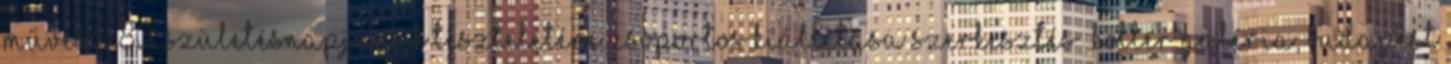
művész 80. születésnapjának tiszteletére. Csoportos kiállítása szerkesztés Koller Galéria, Budapest